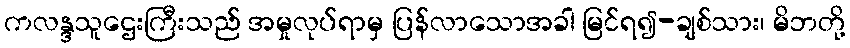
ကလန္ဒသူဌေးကြီးသည် အမှုလုပ်ရာမှ ပြန်လာသောအခါ မြင်ရ၍-ချစ်သား၊ မိဘတို့